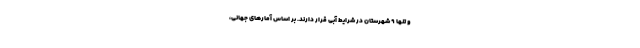
و تنها ۹ شهرستان در شرایط آبی قرار دارند. بر اساس آمارهای جهانی،